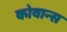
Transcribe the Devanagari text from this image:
कोवान्स